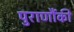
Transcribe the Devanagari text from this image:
पुराणौंकी